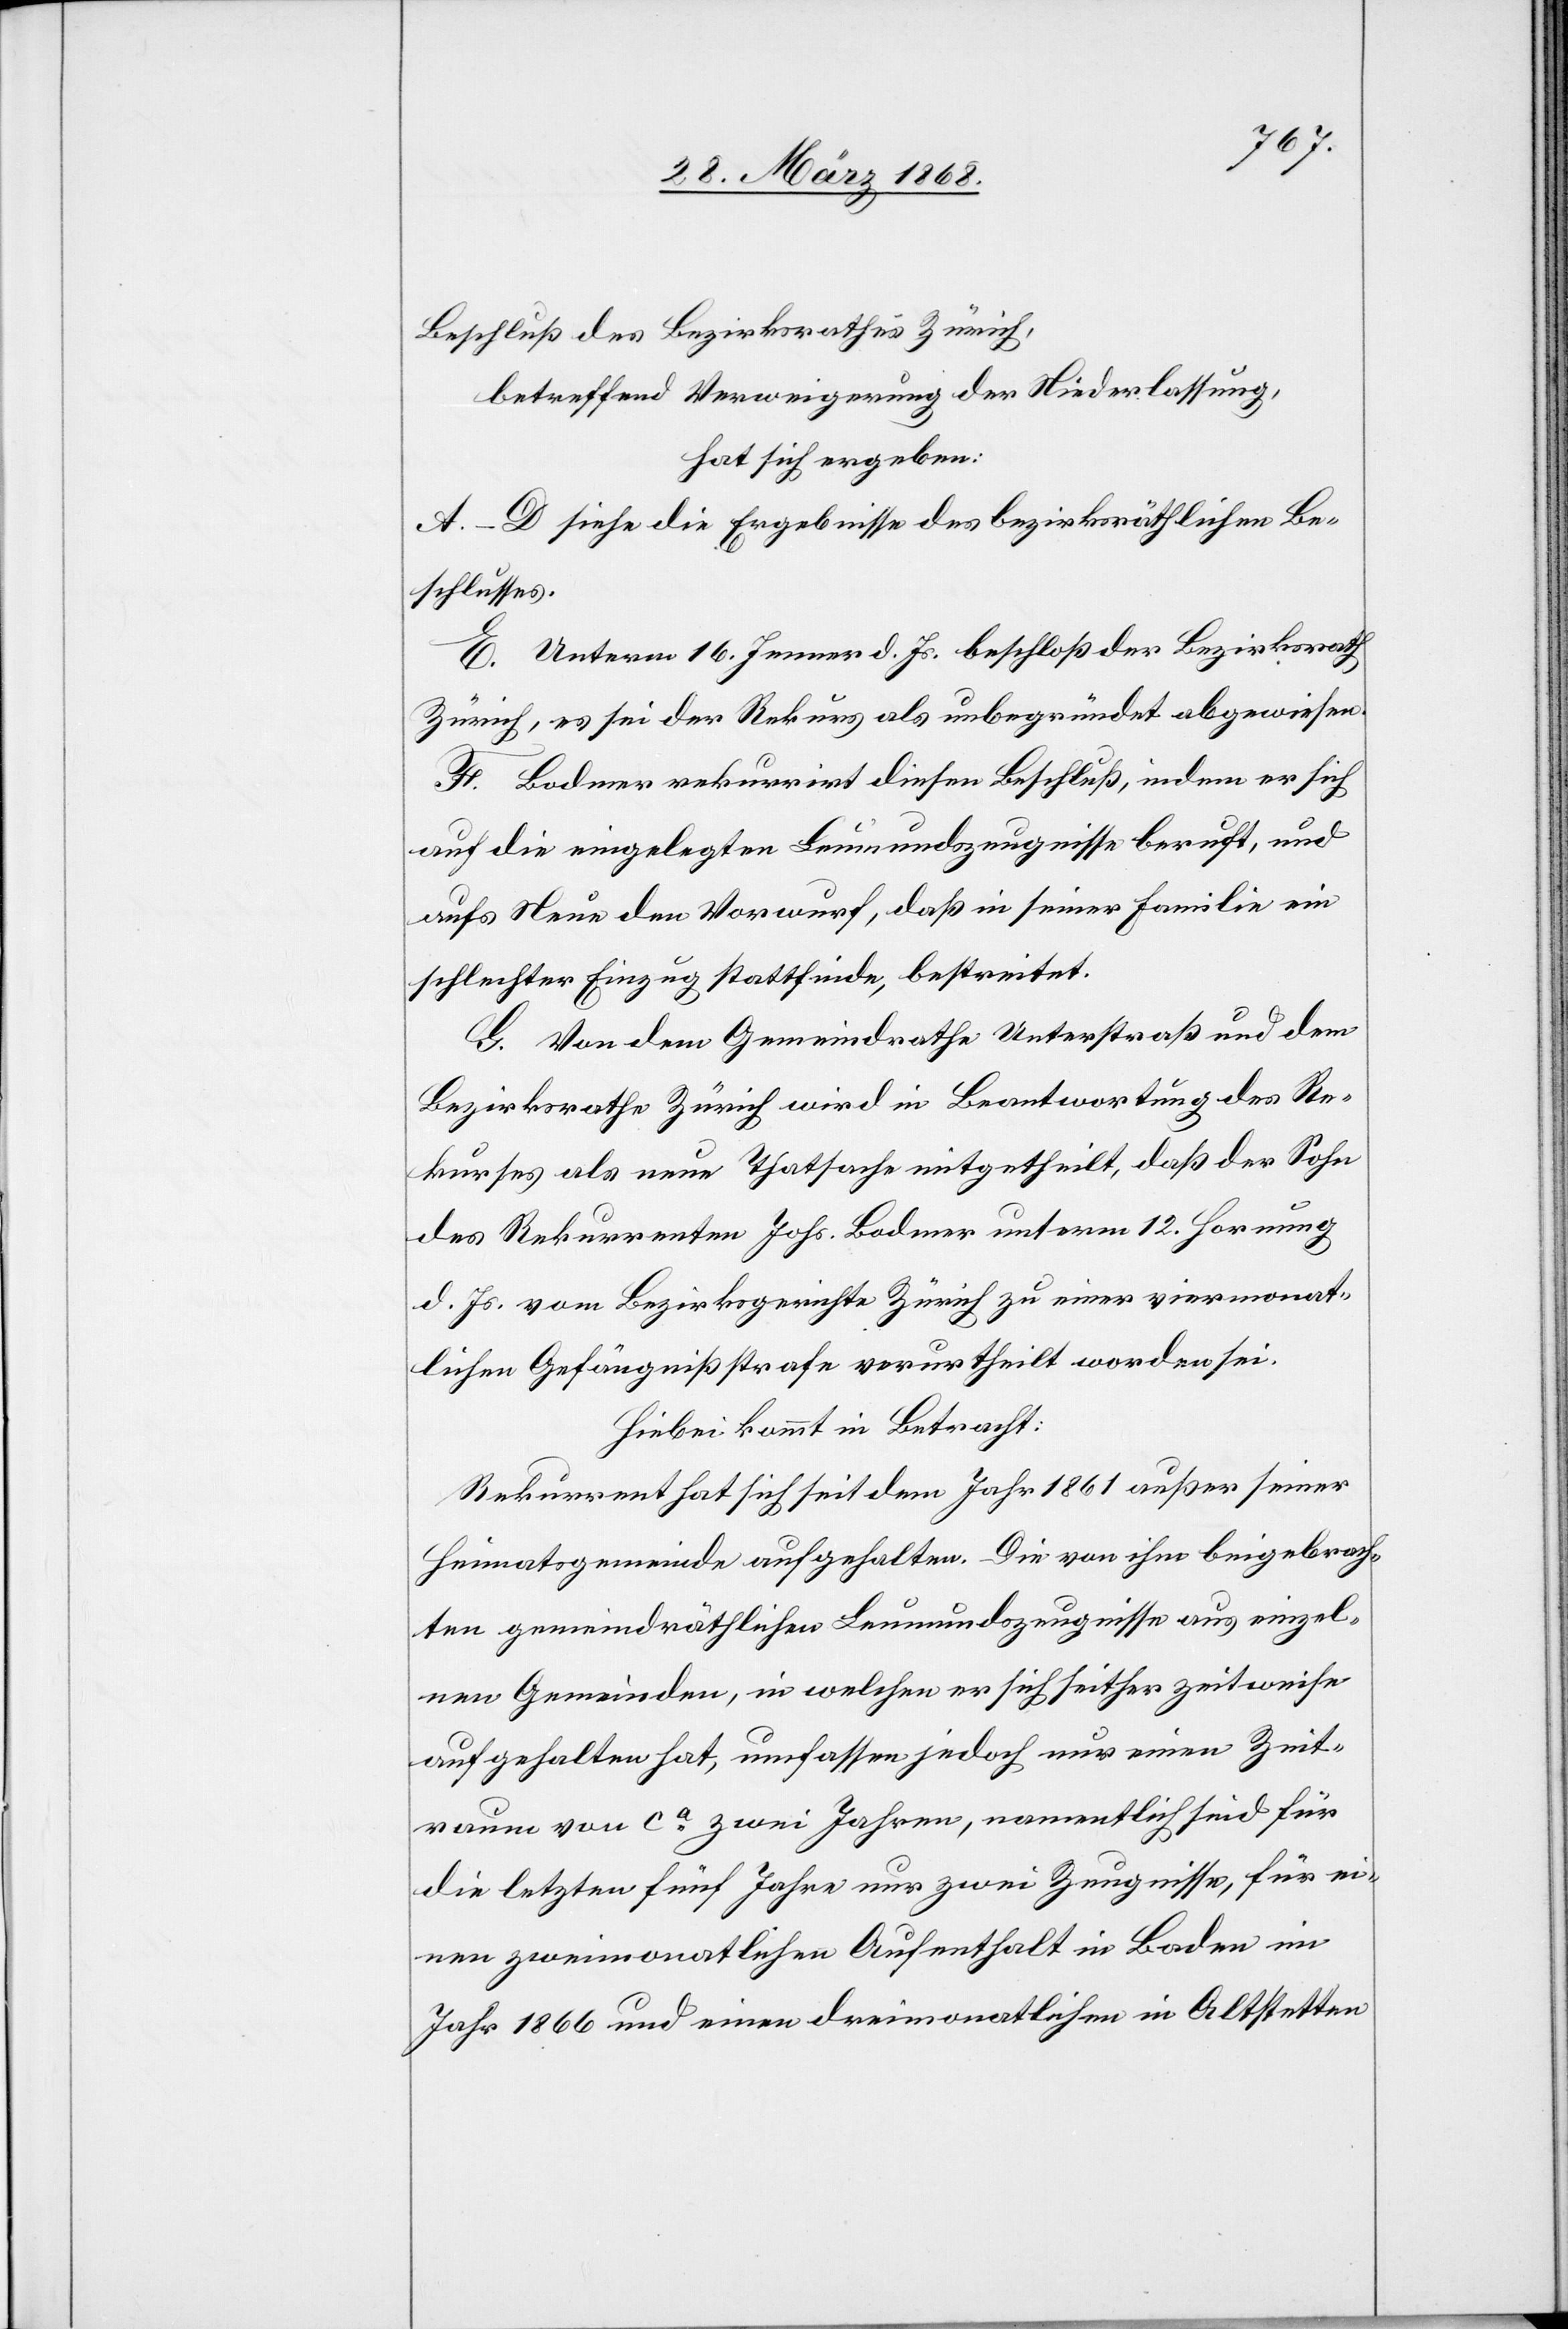
Beschluß des Bezirksrathes Zürich,
betreffend Verweigerung der Niederlassung,
hat sich ergeben:
A.–D siehe die Ergebnisse des bezirksräthlichen Be¬
schlusses.
E. Unterm 16. Jenner d. Js. beschloß der Bezirksrath
Zürich, es sei der Rekurs als unbegründet abgewiesen.
F. Bodmer rekurrirt diesen Beschluß, indem er sich
auf die eingelegten Leumundszeugnisse beruft, und
aufs Neue den Vorwurf, daß in seiner Familie ein
schlechter Einzug stattfinde, bestreitet.
G. Von dem Gemeindrathe Unterstraß und dem
Bezirksrathe Zürich wird in Beantwortung des Re¬
kurses als neue Thatsache mitgetheilt, daß der Sohn
des Rekurrenten Johs. Bodmer unterm 12. Hornung
d. Js. vom Bezirksgerichte Zürich zu einer viermonat¬
lichen Gefängnißstrafe verurtheilt worden sei.
Hiebei kommt in Betracht:
Rekurrent hat sich seit dem Jahr 1861 außer seiner
Heimatsgemeinde aufgehalten. Die von ihm beigebrach¬
ten gemeindräthlichen Leumundszeugnisse aus einzel¬
nen Gemeinden, in welchen er sich seither zeitweise
aufgehalten hat, umfassen jedoch nur einen Zeit¬
raum von ca. zwei Jahren, namentlich sind für
die letzten fünf Jahre nur zwei Zeugnisse, für ei¬
nen zweimonatlichen Aufenthalt in Baden im
Jahr 1866 und einen dreimonatlichen in Altstetten